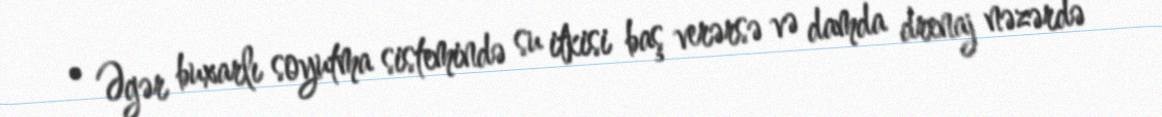
• Əgər buxarlı soyutma sistemində su itkisi baş verərsə və damda drenaj nəzərdə